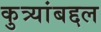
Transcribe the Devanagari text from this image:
कुत्र्यांबद्दल